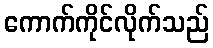
ကောက်ကိုင်လိုက်သည်